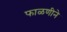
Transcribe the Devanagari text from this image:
फाळणीने